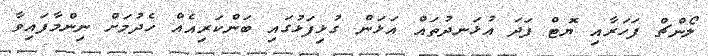
ލޯންޗް ފަހަރާއި ޔޮޓް ފަދަ އުޅަނދުތައް އަޅަން ގުޅިފަޅުގައި ބަންކަރިއެއް ހެދުމަށް ނިންމާފައިވާ